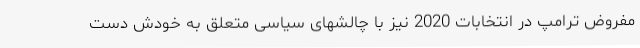
مفروض ترامپ در انتخابات 2020 نیز با چالشهای سیاسی متعلق به خودش دست